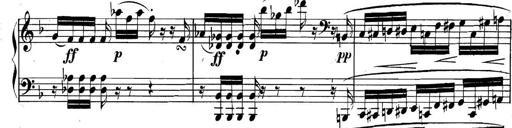
Title: Collected Piano Sonatas
Composer: Muzio Clementi